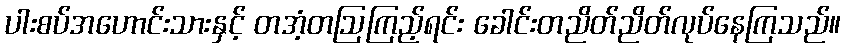
ပါးစပ်အဟောင်းသားနှင့် တအံ့တဩကြည့်ရင်း ခေါင်းတညိတ်ညိတ်လုပ်နေကြသည်။